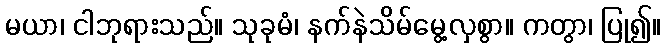
မယာ၊ ငါဘုရားသည်။ သုခုမံ၊ နက်နဲသိမ်မွေ့လှစွာ။ ကတွာ၊ ပြု၍။